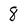
Character: 8